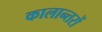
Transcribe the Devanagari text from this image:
कालान्तरों